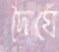
দৈর্ঘে